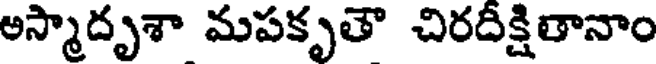
అస్మాదృశా మపకృతౌ చిరదీక్షితానాం